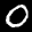
Label: 0